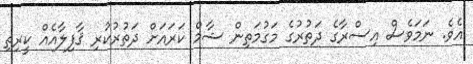
އެވެ. ނަމަވެސް އިސްރާގެ ދަތުރުގެ މަގުމަތިން ޝާމް ކަރައަށް ދަތުރުކުރި ޤާފިލާއެއް ކީރިތި